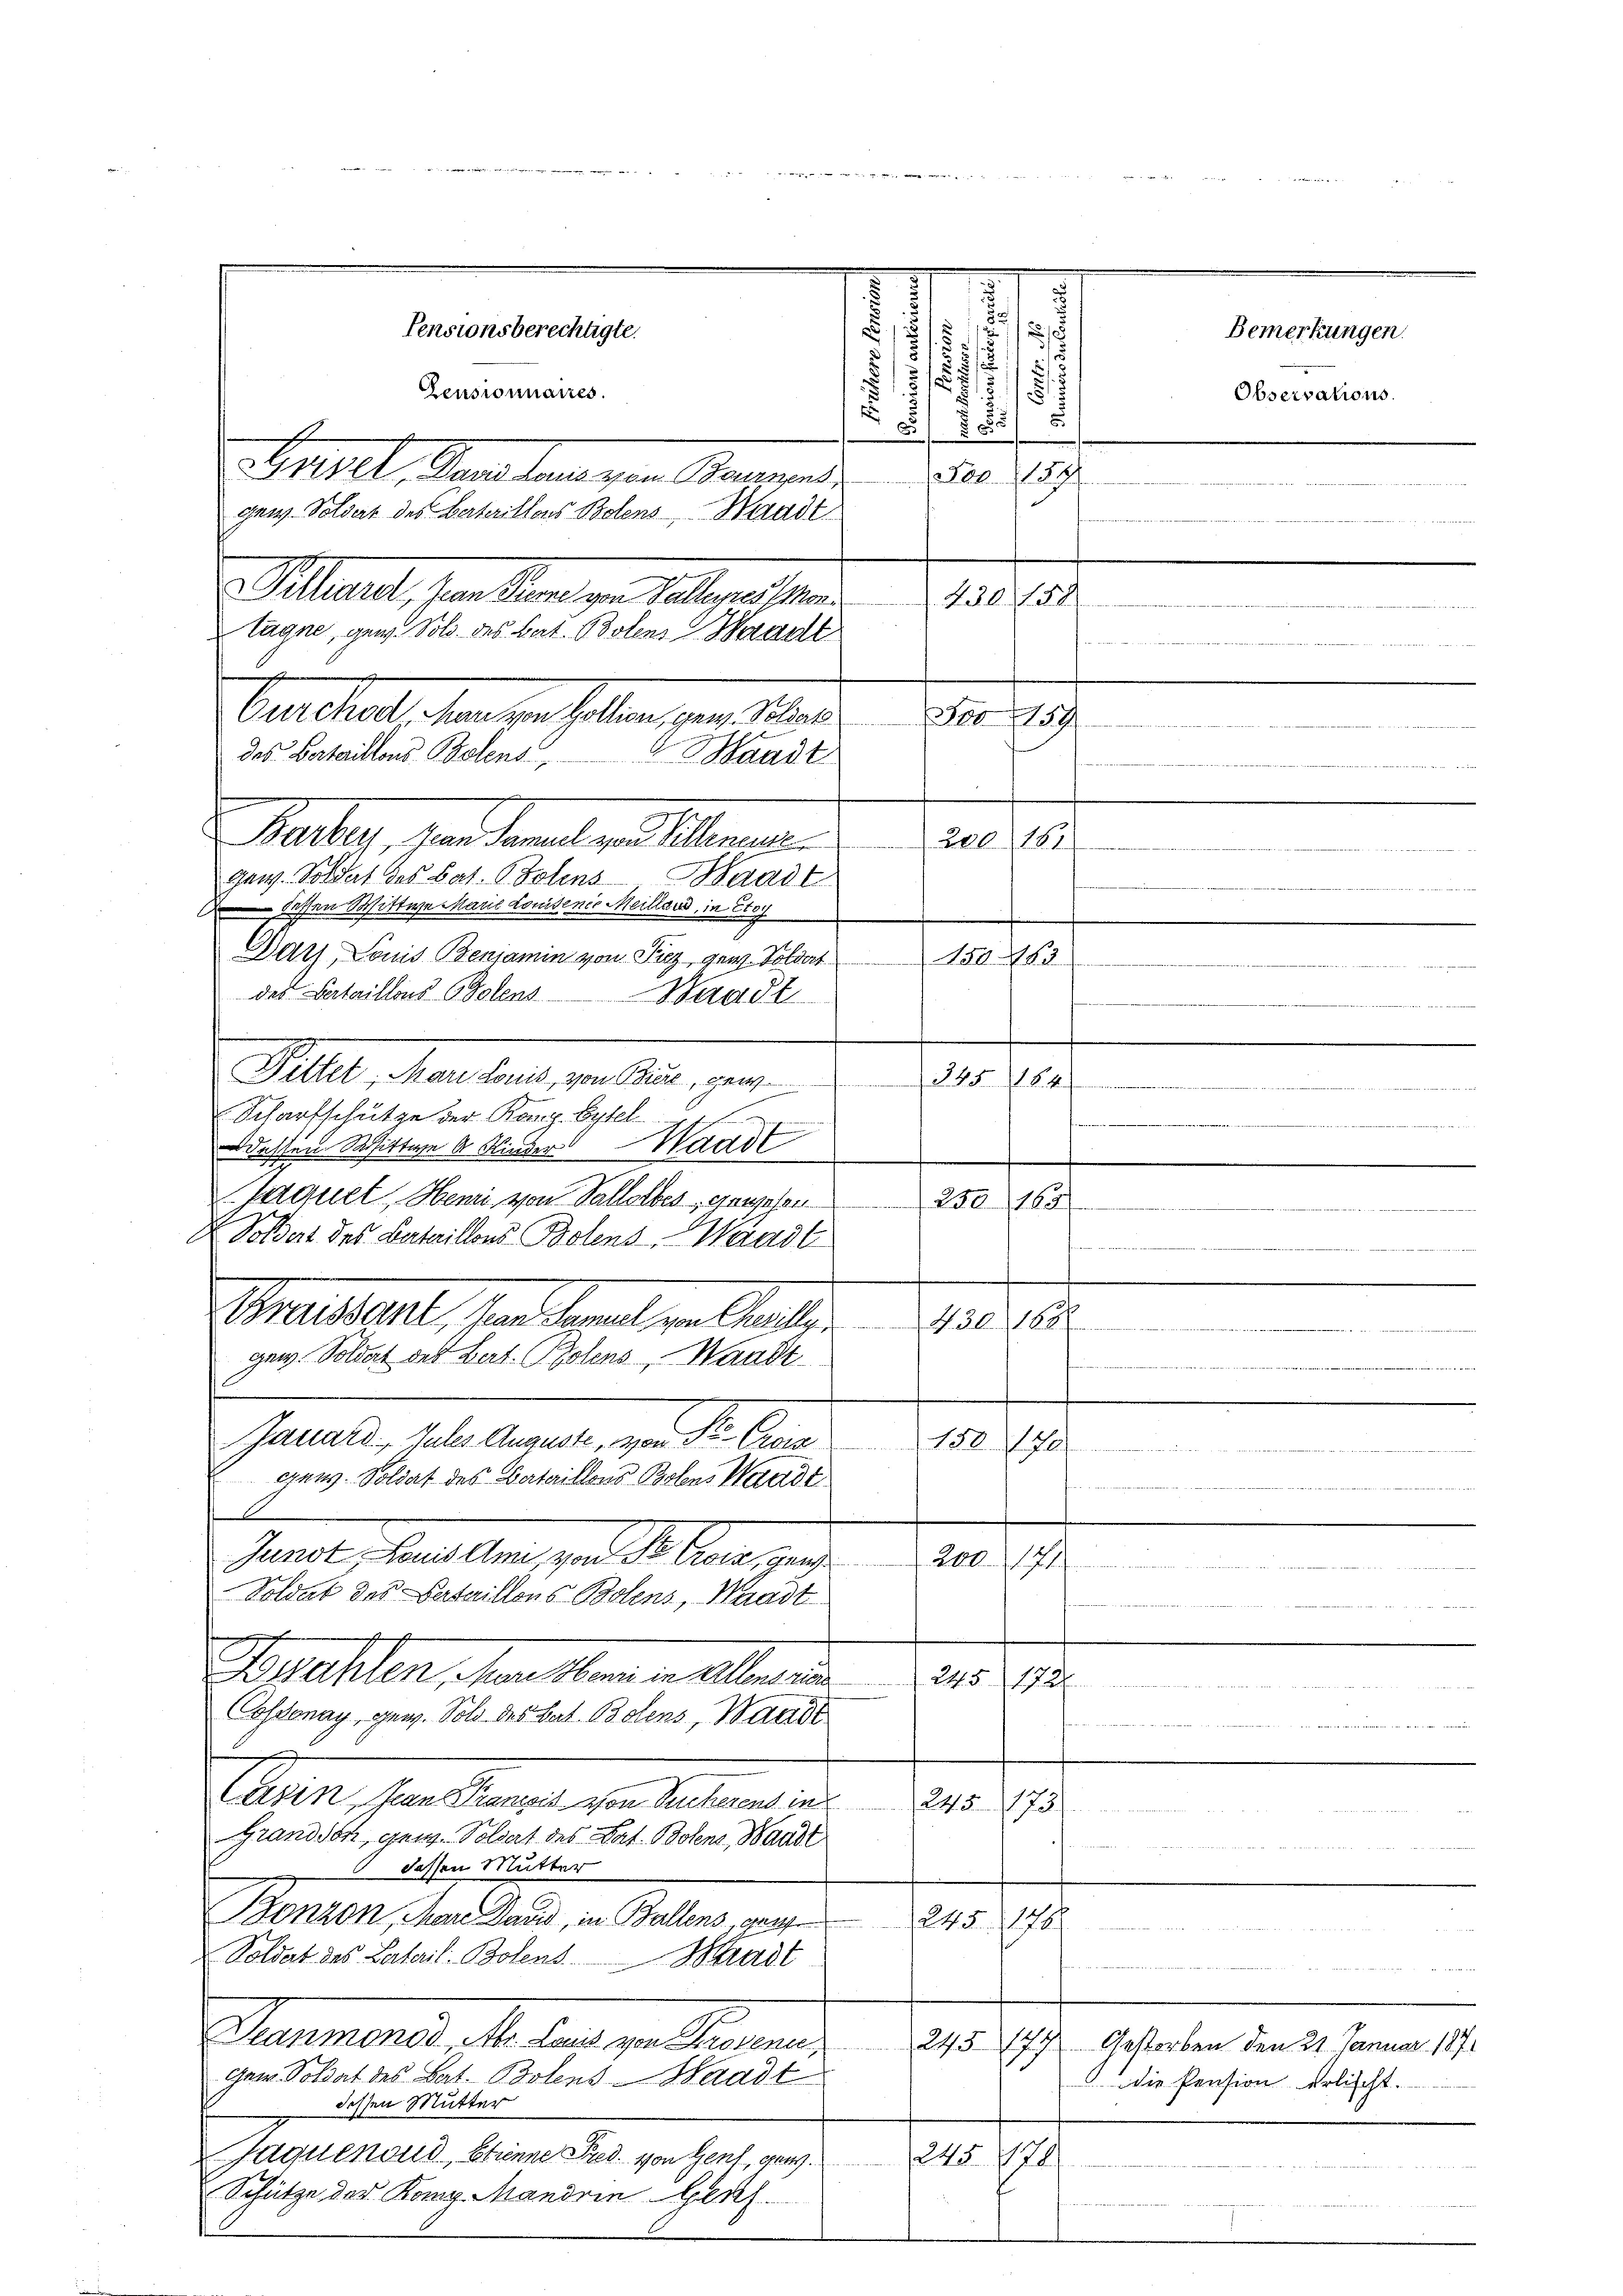
.
Zeusionnaires.
Basel, den kan zum Kannes
gen. Soldat des Bataillons Bolens Waadt,
Miart, sein Stand zu Tallen sein
tagne, gew. Sold des Bat. Bolens Waadt
Curchod Man von Gollion, gew. Soldate
des Bertaillons Polens
Waadt
Mutter der denen Alemand und 18
gen. Soldat des Bat. Solens
Baast
dessen Wittwe Marie Louisenio Meillard, in Stof
Dat Louis Benjamin von Piz gew. Soldat
des Vertaillons Polens
Waadt
Mlle, Meistern, von ist, geg
Scharfschütze der Kong. Erstel
n
dessen Wittwe A. Kinder Waadt
.
Jaquet, Henri von Vallolbes ganzesen
Soldat des Bataillons Botens Wandl
.
Braissant, von Samuel von Pauli 188
gew. Soldat des Bat. Bolens, Waadt
.
Gaeter, Melangen vor de la
158. 170.
 Bi
craus. Soldat des Bataillons Bodens Waadt
n die wenn es hat der
.
Gerade haltern nur der Gener geg
200. 171.

Soldat des Bataillons Bolens, Waadt
e
Foszahlen, Mara Henri in Allensried 245 17
Cossonay, gew. Sold des Bat. Belens, Waadt
des Mannes Antragenden werden seit ver
Alten, den Kanzen von Seiten der
245. 175

Grandson, gen. Soldat des Bat. Bolens, Waadt

dessen Mutter
Genien, den Mann, in Peten, partie 215

Soldat des Latail. Bolens. Stadt
Darmonis de land versammen,
243. 179. Gestorben den 21. Januar 187
ger Soldat des Bat. Bolens-Waadt
 dessen Mutter
Jaquenoud, Stinne Fred. von Genf, genz.
 f
Schütze der Kong. Mandrin Genf

Pensionsberechtigte.

1
u
5/5 2/5
.
s
1
 5f 50
For 159
430. 128
80159
m

20

.

Bemerkungen.
Observations

. die Pension erlischt.